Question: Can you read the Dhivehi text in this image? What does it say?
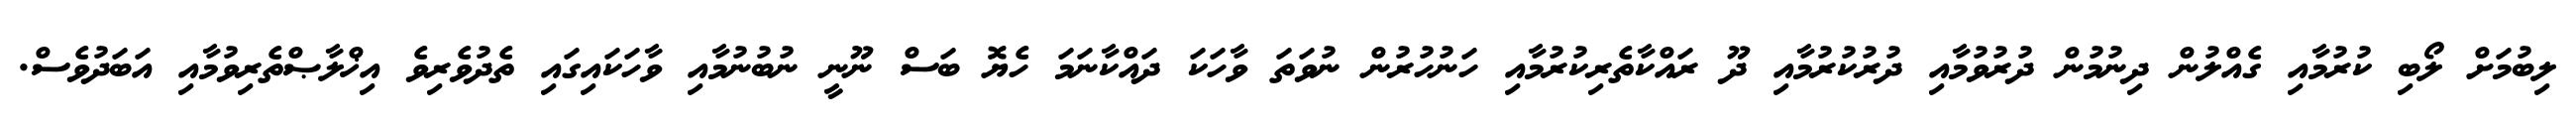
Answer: ލިބުމަށް ލޯބި ކުރުމާއި ގެއްލުން ދިނުމުން ދުރުވުމާއި ދުރުކުރުމާއި ދޫ ރައްކާތެރިކުރުމާއި ހަނުހުރުން ނުވަތަ ވާހަކަ ދައްކާނަމަ ހެޔޮ ބަސް ނޫނީ ނުބުނުމާއި ވާހަކައިގައި ތެދުވެރިވެ އިޚްލާޞްތެރިވުމާއި އަބަދުވެސް.